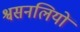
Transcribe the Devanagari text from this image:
श्वसनलियों